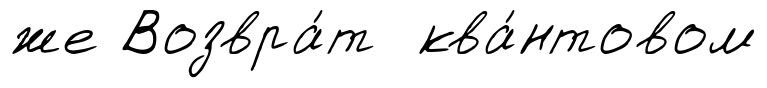
же Возвра́т ква́нтовом